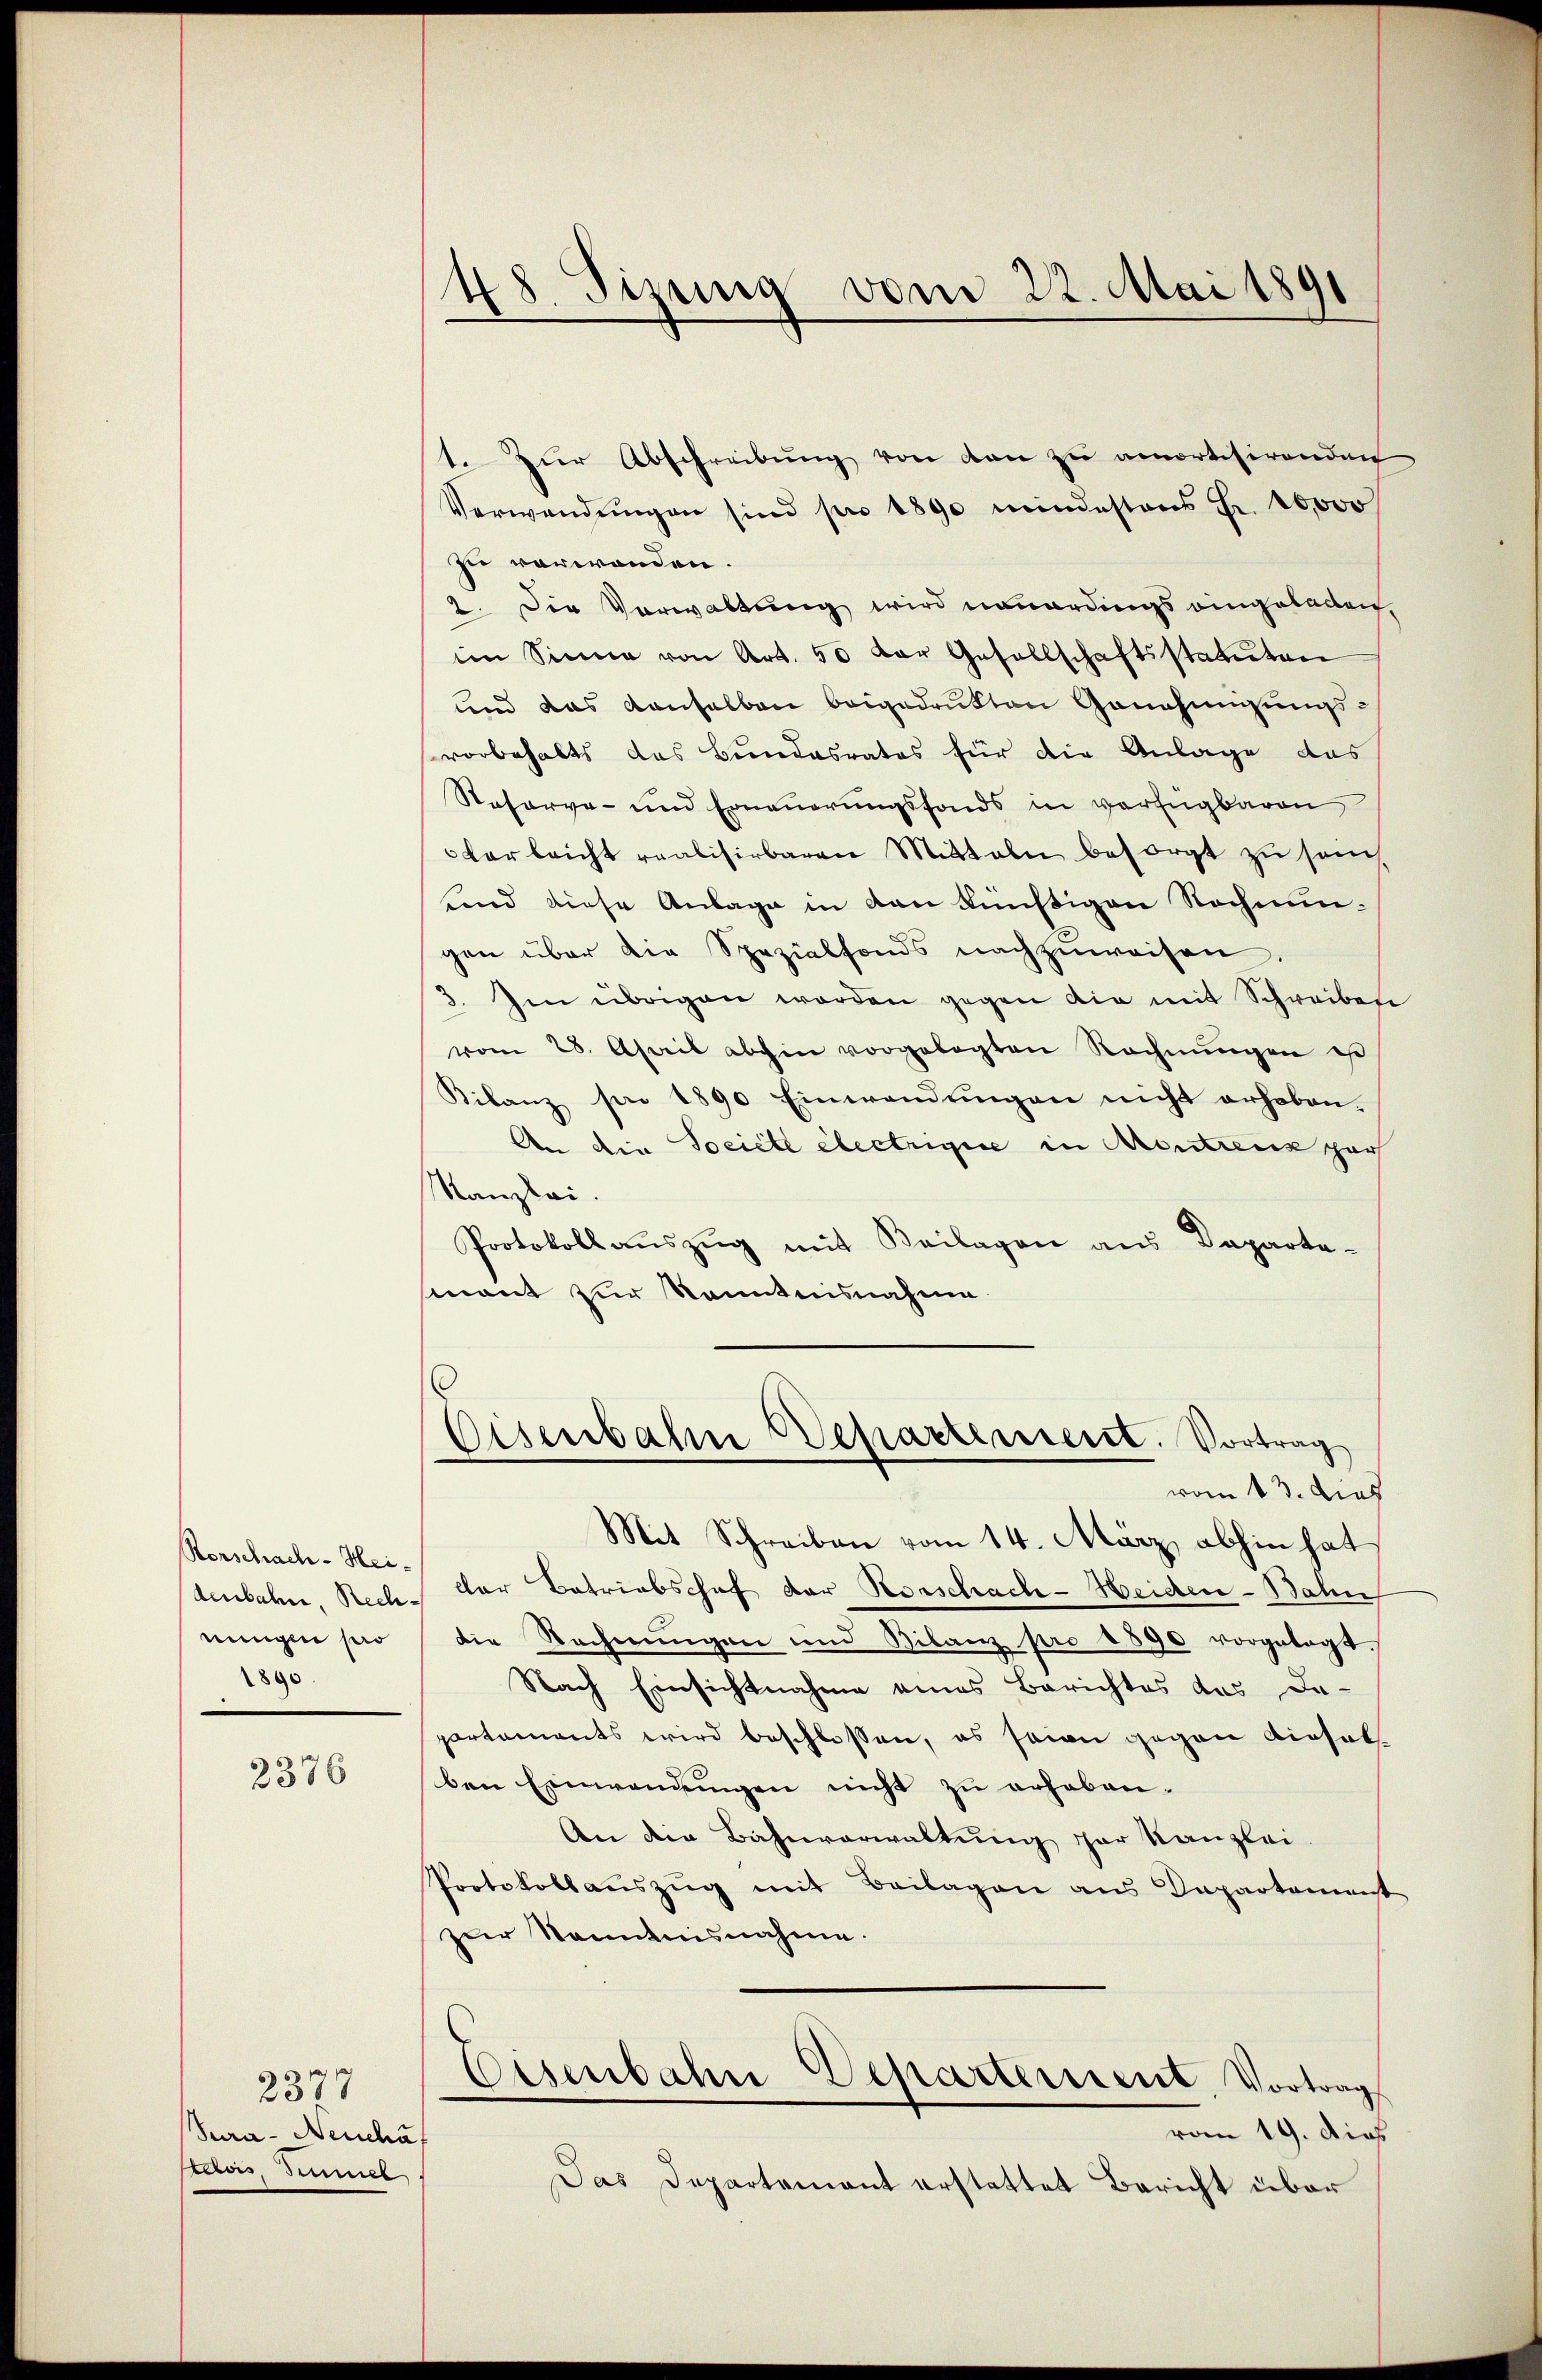
denbahn, Recheingen sero
1890

2376

2377
Seea- Neucha
dois Semmel

48. Sizung vom 22. Mai 1891

1. Zŭr Abschreibŭng von den zu amortisirenden
Verwendungen sind pro 1890 mindestens Fr. 10000
zu verwenden.
2. Die Verwaltung wird neuerdings eingeladen.
im Sinne von Art. 55 der Gesellschaftsstatuten
und das denselben beigedrukten Genehmigungsvorbehalts das Bundesrates für die Anlage das
Staferve- und Erneŭerŭngsfonds in verfügbaren
darleicht realisirbaren Mitteln besorgt zu sein,
sind diese Anlage in den künftigen Nochnungen über die Spezialfonds nachzuweisen
3. Im übrigen worden gegen die mit Schreiben
vom 28. April abhin vorgelegten Rechnŭngen est
Bilanz per 1890 Einwendŭngen nicht erhoben.
An die Societe electrigue in Mentrenz par
Kanzlei.
Protokoll aŭszŭg mit Beilagen aus Departe-
mant zur Kenntnisnahme
Eisenbahn Departement. Vortrag
vom 13. Dies
Mit Schreiben vom 14. März abhin hat
Rorschach. Heischen Betriebschof der Rorschach-Heiden-Bahn
die Rechnŭngen und Bilanz pro 1890 vorgelegt.
Nach Einsichtnahme eines Berichtes das De-
partements wird beschlossen, es seien gegen dieselben Einwendungen nicht zu erhoben.
An die Bahnverwaltung der Kanzlei
Protokollauszug mit Beilagen aus Departement
zur Nenntnisnahme.
Eisenbahn Departement, Vortrag
vom 19. Dies
Das Departement erstattet Bericht über